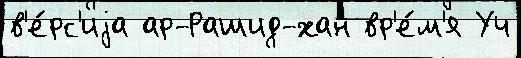
в'е́рс'иjа ар-Рашид-хан вр'е́м'я Уч